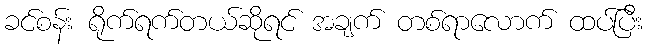
ခင်စန်း ရိုက်ရက်တယ်ဆိုရင် အချက် တစ်ရာလောက် ထပ်ပြီး